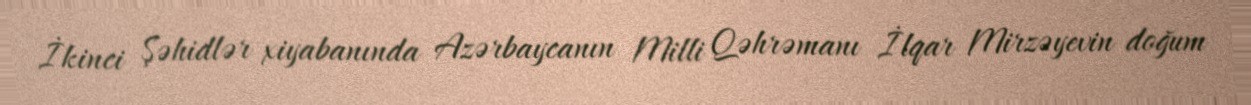
İkinci Şəhidlər xiyabanında Azərbaycanın Milli Qəhrəmanı İlqar Mirzəyevin doğum